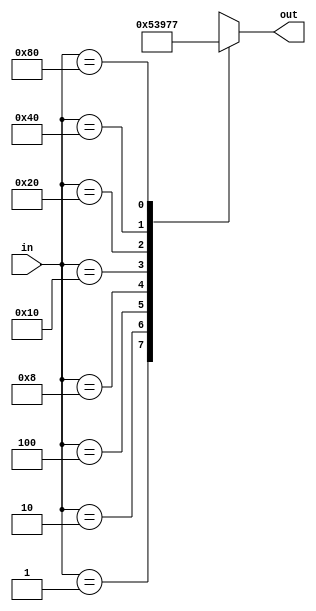
`timescale 1ns / 1ps


module encoder8to3(
    input [7:0] in ,
    output reg [2:0] out
    );
    
    always @(*)
        begin
            case(in)
                1 : out = 3'd0;
                2 : out = 3'd1;
                4 : out = 3'd2;
                8 : out = 3'd3;
                16 : out =3'd4;
                32 : out = 3'd5;
                64 : out = 3'd6;
                128 : out = 3'd7;
                default : out = 3'dx;
              endcase
           end
endmodule